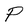
Character: P